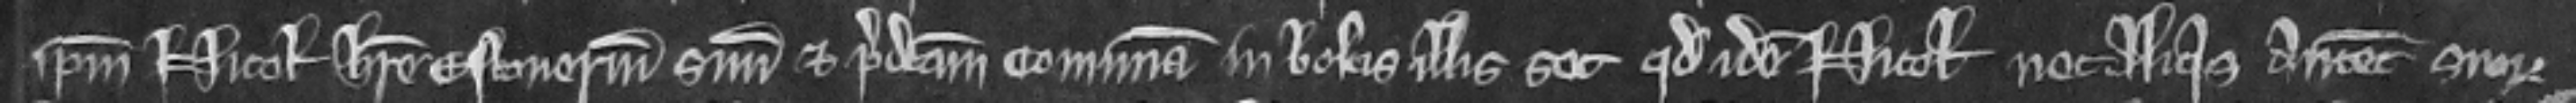
ipsum Nicolaum habere estouerium suum et predictam comunam in bolcis illis set quod idem Nicholaus nec aliquis antecessorum suorum